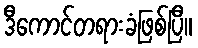
ဒီကောင်တရားခံဖြစ်ပြီ။